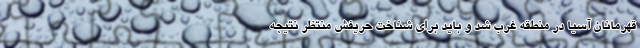
قهرمانان آسیا در منطقه غرب شد و باید برای شناخت حریفش منتظر نتیجه